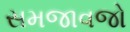
સમજાવજો